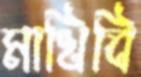
মাখিবি